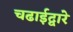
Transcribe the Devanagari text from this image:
चढाईद्वारे